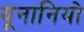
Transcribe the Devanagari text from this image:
यूनानियो